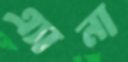
এ্যানা